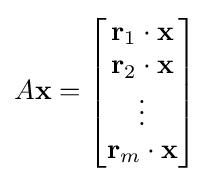
A\mathbf {x} ={\begin{bmatrix}\mathbf {r} _{1}\cdot \mathbf {x} \\\mathbf {r} _{2}\cdot \mathbf {x} \\\vdots \\\mathbf {r} _{m}\cdot \mathbf {x} \end{bmatrix}}